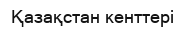
Қазақстан кенттері